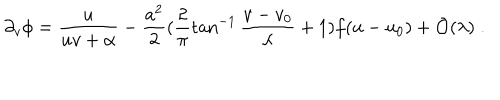
\partial _ { v } \phi = \frac { u } { u v + \alpha } - \frac { a ^ { 2 } } { 2 } ( \frac { 2 } { \pi } \tan ^ { - 1 } \frac { v - v _ { 0 } } { \lambda } + 1 ) f ( u - u _ { 0 } ) + { \cal O } ( \lambda ) \; .